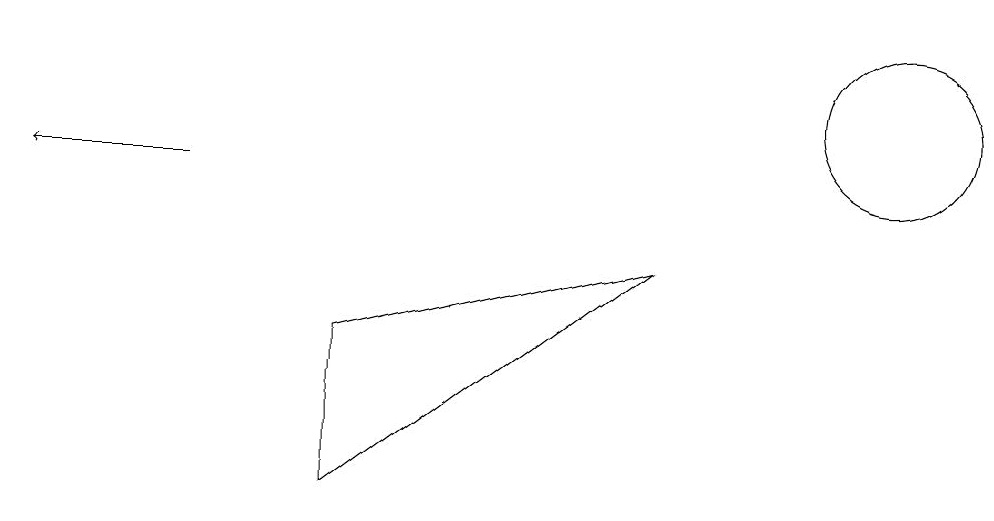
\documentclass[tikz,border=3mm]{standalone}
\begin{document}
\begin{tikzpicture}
\draw (4,6) -- (4,8) -- (8,9) -- cycle;
\draw (11,11) circle (1);
\draw[->] (2,10) -- (0,10);
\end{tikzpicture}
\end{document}